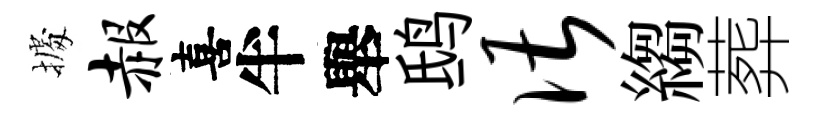
𢴃赧喜半舉鸱谌縐葬